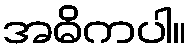
အဓိကပါ။